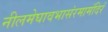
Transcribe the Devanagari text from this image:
नीलमेघावभासंरमामंदिरं